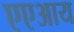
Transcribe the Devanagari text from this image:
एएआय